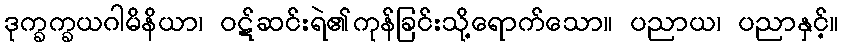
ဒုက္ခက္ခယဂါမိနိယာ၊ ဝဋ်ဆင်းရဲ၏ကုန်ခြင်းသို့ရောက်သော။ ပညာယ၊ ပညာနှင့်။